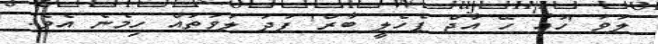
ލަވަ 'ހުއާ ހޭ އާޖް ޕެހެލީ ބާރް' ފަދަ ލަވަތައް ހިމެނެ އެވެ.